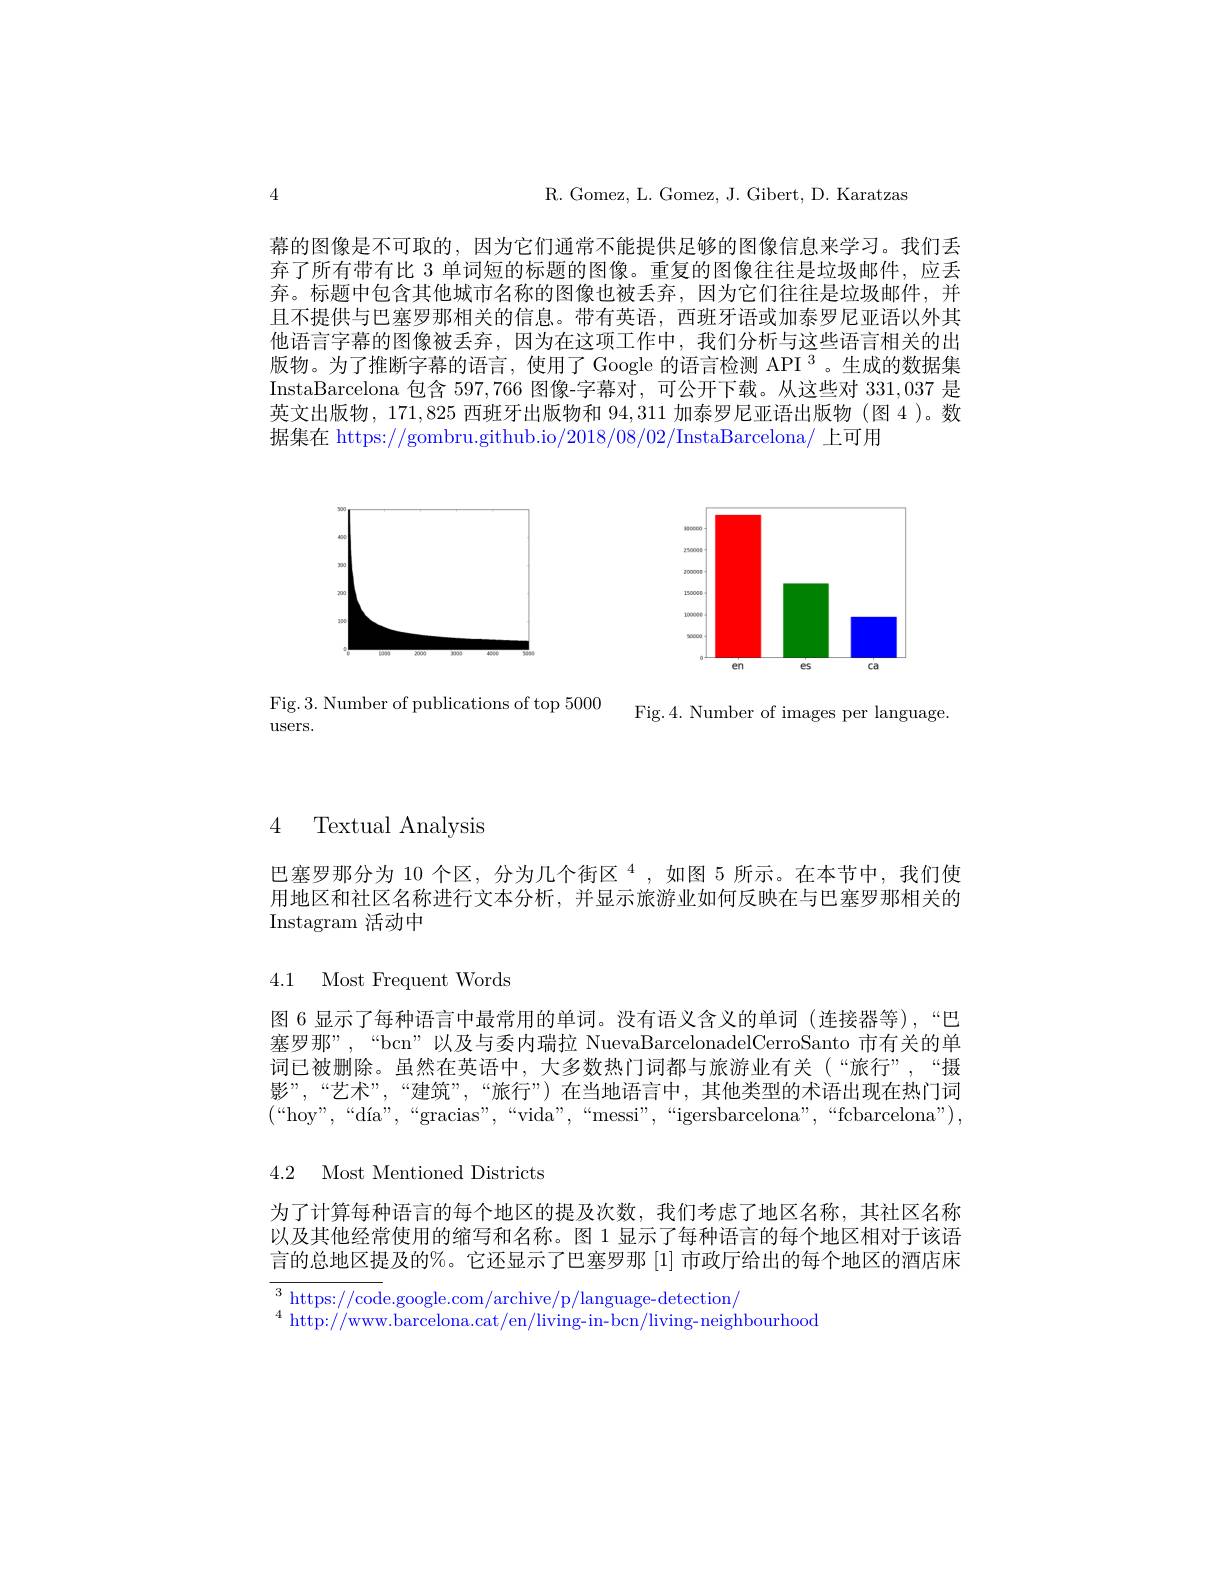
R. Gomez, L. Gomez, J. Gibert, D. Karatzas

4

幕的图像是不可取的，因为它们通常不能提供足够的图像信息来学习。我们丢弃了所有带有比 3 单词短的标题的图像。重复的图像往往是垃圾邮件，应丢弃。标题中包含其他城市名称的图像也被丢弃，因为它们往往是垃圾邮件，并且不提供与巴塞罗那相关的信息。带有英语，西班牙语或加泰罗尼亚语以外其他语言字幕的图像被丢弃，因为在这项工作中，我们分析与这些语言相关的出版物。为了推断字幕的语言，使用了 Google 的语言检测 API $^3$。生成的数据集InstaBarcelona 包含 597,766 图像-字幕对，可公开下载。从这些对 331,037 是英文出版物，171,825 西班牙出版物和 94,311 加泰罗尼亚语出版物(图4)。数据集在 https://gombru.github.io/2018/08/02/InstaBarcelona/ 上可用

<FigureHere>

Fig.3. Number of publications of top 5000 Fig.4. Number of images per language

users.

## 4 Textual Analysis

巴塞罗那分为 10 个区，分为几个街区$^4$,如图 5 所示。在本节中，我们使用地区和社区名称进行文本分析，并显示旅游业如何反映在与巴塞罗那相关的Instagram 活动中

## 4.1 Most Frequent Words

图 6 显示了每种语言中最常用的单词。没有语义含义的单词(连接器等),“巴塞罗那”,“bcn”以及与委内瑞拉 NuevaBarcelonadelCerroSanto 市有关的单词已被删除。虽然在英语中，大多数热门词都与旅游业有关(“旅行”,“摄影”,“艺术”,“建筑”,“旅行”) 在当地语言中，其他类型的术语出现在热门词$(“$hoy",“día”,““gracias”,““vida”,““messi”,““igersbarcelona”,“fcbarcelona”),

4.2 Most Mentioned Districts

为了计算每种语言的每个地区的提及次数，我们考虑了地区名称，其社区名称以及其他经常使用的缩写和名称。图 1 显示了每种语言的每个地区相对于该语言的总地区提及的%。它还显示了巴塞罗那[1]市政厅给出的每个地区的酒店床

$^3$ https://code.google.com/archive/p/language-detection/
$^{4}$ http://www.barcelona.cat/en/living-in-bcn/living-neighbourhood